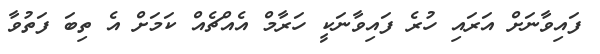
ފައިވާނަށް އަރައި ހުރެ ފައިވާނަކީ ހަރާމް އެއްޗެއް ކަމަށް އެ ތިބަ ފަތުވާ